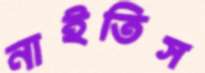
নাইতিস